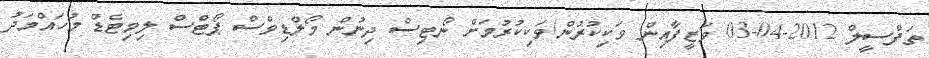
ތަފްސީލް 2012-04-03 ވަޒީފާއިން ވަކިކުރުން/ވަކިކުރުމަށް ނޯޓިސް ދިނުން މޯލްޑިވްސް ޕޯޓްސް ލިމިޓެޑް މުހައްމަދު